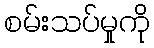
စမ်းသပ်မှုကို